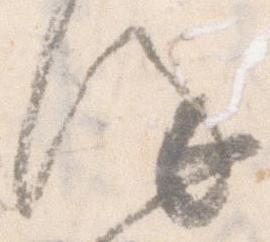
謹